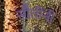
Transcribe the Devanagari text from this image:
सौतींनी